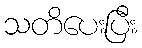
သတိပေးပြီး